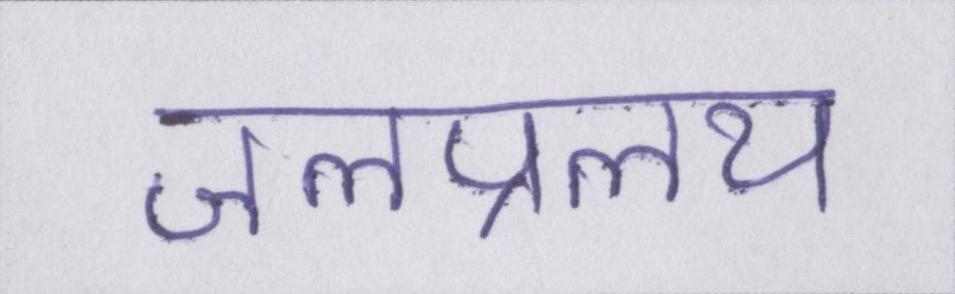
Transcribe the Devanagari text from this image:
जलप्रलय